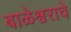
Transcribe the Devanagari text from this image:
बाळेश्वराचे